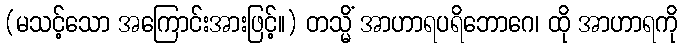
(မသင့်သော အကြောင်းအားဖြင့်။) တသ္မိံ အာဟာရပရိဘောဂေ၊ ထို အာဟာရကို